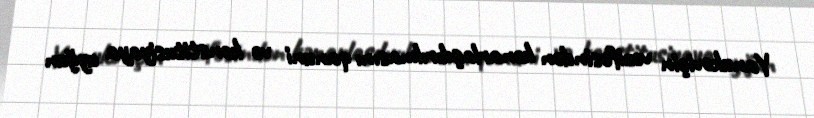
Yanukoviçin vəzifəsindən kənarlaşdırılmasını qanuni və konstitusiyaya uyğun